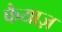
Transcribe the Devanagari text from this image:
फैयाज़